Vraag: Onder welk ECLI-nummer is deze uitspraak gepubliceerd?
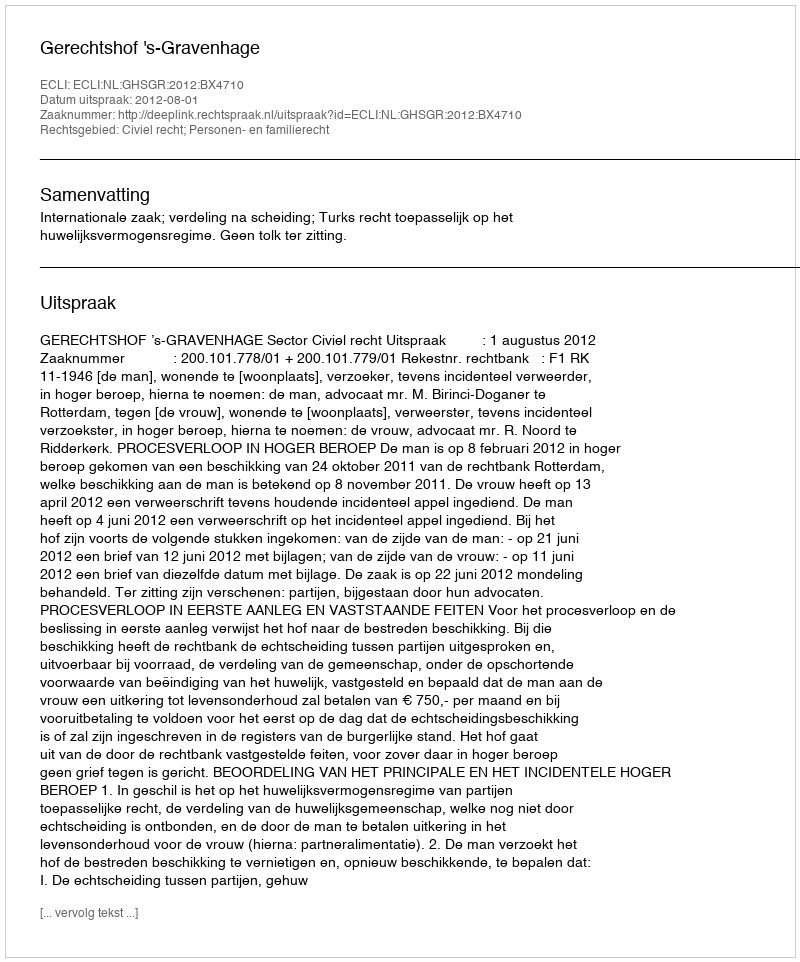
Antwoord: ECLI:NL:GHSGR:2012:BX4710